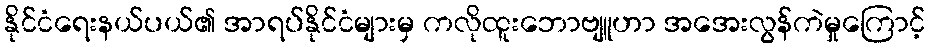
နိုင်ငံရေးနယ်ပယ်၏ အာရပ်နိုင်ငံများမှ ကလိုထူးဘောဗျူဟာ အအေးလွန်ကဲမှုကြောင့်